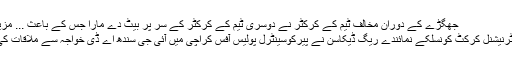
جھگڑے کے دوران مخالف ٹیم کے کرکٹر نے دوسری ٹیم کے کرکٹر کے سر پر بیٹ دے مارا جس کے باعث ... مزید
انٹرنیشنل کرکٹ کونسلکے نمائندے ریگ ڈیکاسن نے پیرکوسینٹرل پولیس آفس کراچی میں آئی جی سندھ اے ڈی خواجہ سے ملاقات کی۔